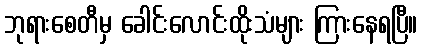
ဘုရားစေတီမှ ခေါင်းလောင်းထိုးသံများ ကြားနေရပြီ။